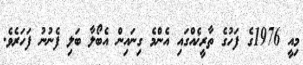
މިއީ 1976ގެ ފަހުގެ ތާރީޚެއްގައި އެންމެ ގިނައިން އެބޯލާ ބަލި ފެނުނު ފަހަރެވެ.